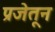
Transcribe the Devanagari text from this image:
प्रजेतून